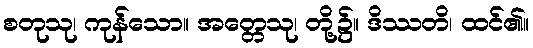
စတုသု၊ ကုန်သော။ အတ္တေသု၊ တို့၌။ ဒိဿတိ၊ ထင်၏။